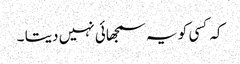
کہ کسی کو یہ سمجھائی نہیں دیتا ۔